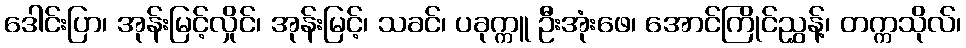
ဒေါင်းပြာ၊ အုန်းမြင့်လှိုင်၊ အုန်းမြင့်၊ သခင်၊ ပခုက္ကူ ဦးအုံးဖေ၊ အောင်ကြိုင်ညွှန့်၊ တက္ကသိုလ်၊